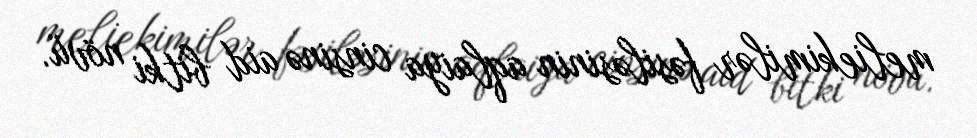
meliekimilər fəsiləsinin aqlaiya cinsinə aid bitki növü.